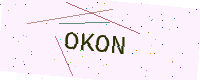
Text: OKON